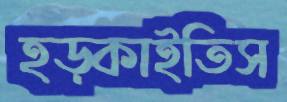
হড়্‌কাইতিস